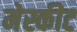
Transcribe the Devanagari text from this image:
मेस्कीट